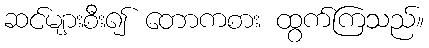
ဆင်များစီး၍ တောကစား ထွက်ကြသည်။